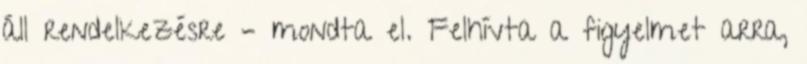
áll rendelkezésre – mondta el. Felhívta a figyelmet arra,